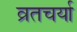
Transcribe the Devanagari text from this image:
व्रतचर्या